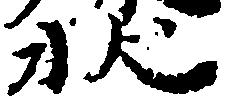
状